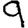
Digit: 9